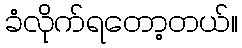
ခံလိုက်ရတော့တယ်။